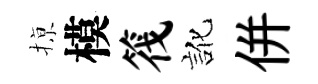
𢱊模筏訛併